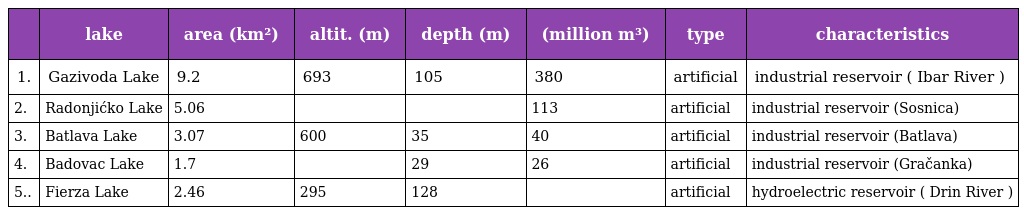
|  | lake | area (km²) | altit. (m) | depth (m) | (million m³) | type | characteristics |
 | --- | --- | --- | --- | --- | --- | --- | --- |
 | 1. | Gazivoda Lake | 9.2 | 693 | 105 | 380 | artificial | industrial reservoir ( Ibar River ) |
 | 2. | Radonjićko Lake | 5.06 |  |  | 113 | artificial | industrial reservoir (Sosnica) |
 | 3. | Batlava Lake | 3.07 | 600 | 35 | 40 | artificial | industrial reservoir (Batlava) |
 | 4. | Badovac Lake | 1.7 |  | 29 | 26 | artificial | industrial reservoir (Gračanka) |
 | 5.. | Fierza Lake | 2.46 | 295 | 128 |  | artificial | hydroelectric reservoir ( Drin River ) |